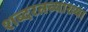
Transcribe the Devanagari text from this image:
शब्दरत्नव्याख्या